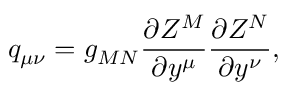
q _ { \mu \nu } = g _ { M N } \frac { \partial Z ^ { M } } { \partial y ^ { \mu } } \frac { \partial Z ^ { N } } { \partial y ^ { \nu } } ,